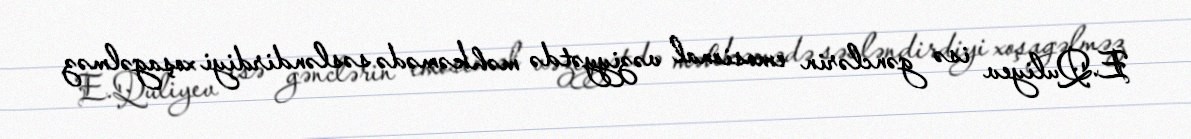
E.Quliyev isə gənclərin emosional vəziyyətdə məhkəmədə səsləndirdiyi xoşagəlməz